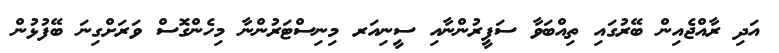
އަދި ރާއްޖެއިން ބޭރުގައި ތިއްބަވާ ސަފީރުންނާއި ސީނިއަރ މިނިސްޓަރުންނާ މިހެންގޮސް ވަރަށްގިނަ ބޭފުޅުން